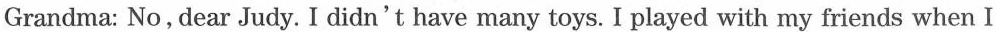
Grandma: No, dear Judy. I didn't have many toys. I played with my friends when I